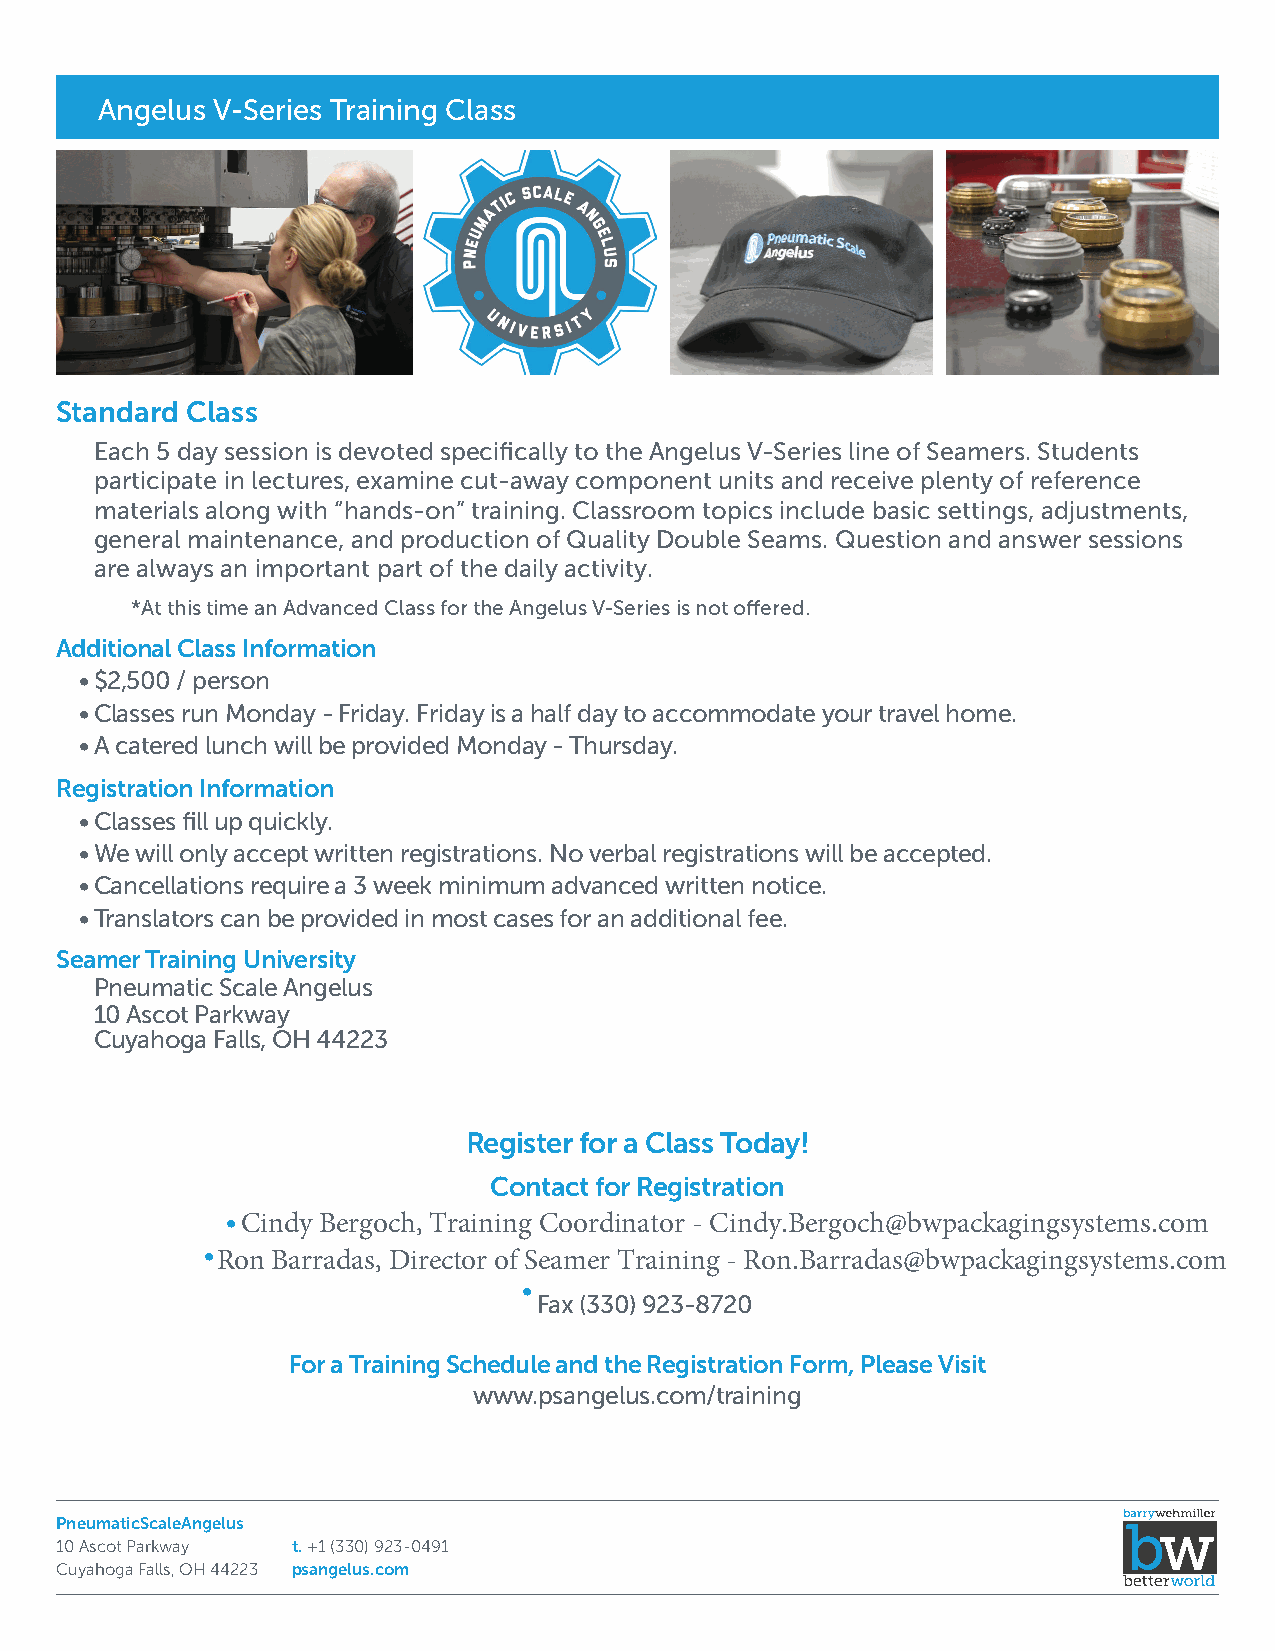
Angelus V-Series Training Class
 Standard Class
 Each 5 day session is devoted specifically to the Angelus V-Series line of Seamers. Students
 participate in lectures, examine cut-away component units and receive plenty of reference
 materials along with “hands-on” training. Classroom topics include basic settings, adjustments,
 general maintenance, and production of Quality Double Seams. Question and answer sessions
 are always an important part of the daily activity.
 *At this time an Advanced Class for the Angelus V-Series is not offered.
 Additional Class Information
 •$2,500 / person
 •Classes run Monday - Friday. Friday is a half day to accommodate your travel home.
 •A catered lunch will be provided Monday - Thursday.
 Registration Information
 •Classes fill up quickly.
 •We will only accept written registrations. No verbal registrations will be accepted.
 •Cancellations require a 3 week minimum advanced written notice.
 •Translators can be provided in most cases for an additional fee.
 Seamer Training University
 Pneumatic Scale Angelus
 10 Ascot Parkway
 Cuyahoga Falls, OH 44223
 Register for a Class Today!
 Contact for Registration
 •Cindy Bergoch, Training Coordinator - Cindy.Bergoch@bwpackagingsystems.com
 •
 Ron Barradas, Director of Seamer Training - Ron.Barradas@bwpackagingsystems.com
 •
 Fax (330) 923-8720
 For a Training Schedule and the Registration Form, Please Visit
 www.psangelus.com/training
 PneumaticScaleAngelus
 10 Ascot Parkway t.+1 (330) 923-0491
 Cuyahoga Falls, OH 44223 psangelus.com